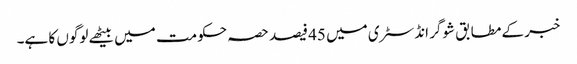
خبر کے مطابق شوگر انڈسٹری میں 45 فیصد حصہ حکومت میں بیٹھے لوگوں کا ہے۔